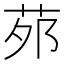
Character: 茒